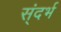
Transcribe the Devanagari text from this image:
स्ंदर्भ